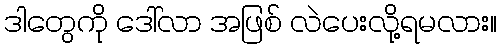
ဒါတွေကို ဒေါ်လာ အဖြစ် လဲပေးလို့ရမလား။